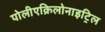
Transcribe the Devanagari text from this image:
पोलीएक्रिलोनाइट्रिल